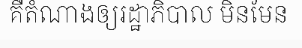
គឺតំណាងឲ្យរដ្ឋាភិបាល មិនមែន